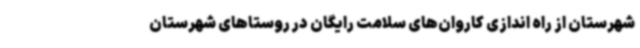
شهرستان از راه اندازی کاروان‌های سلامت رایگان در روستاهای شهرستان